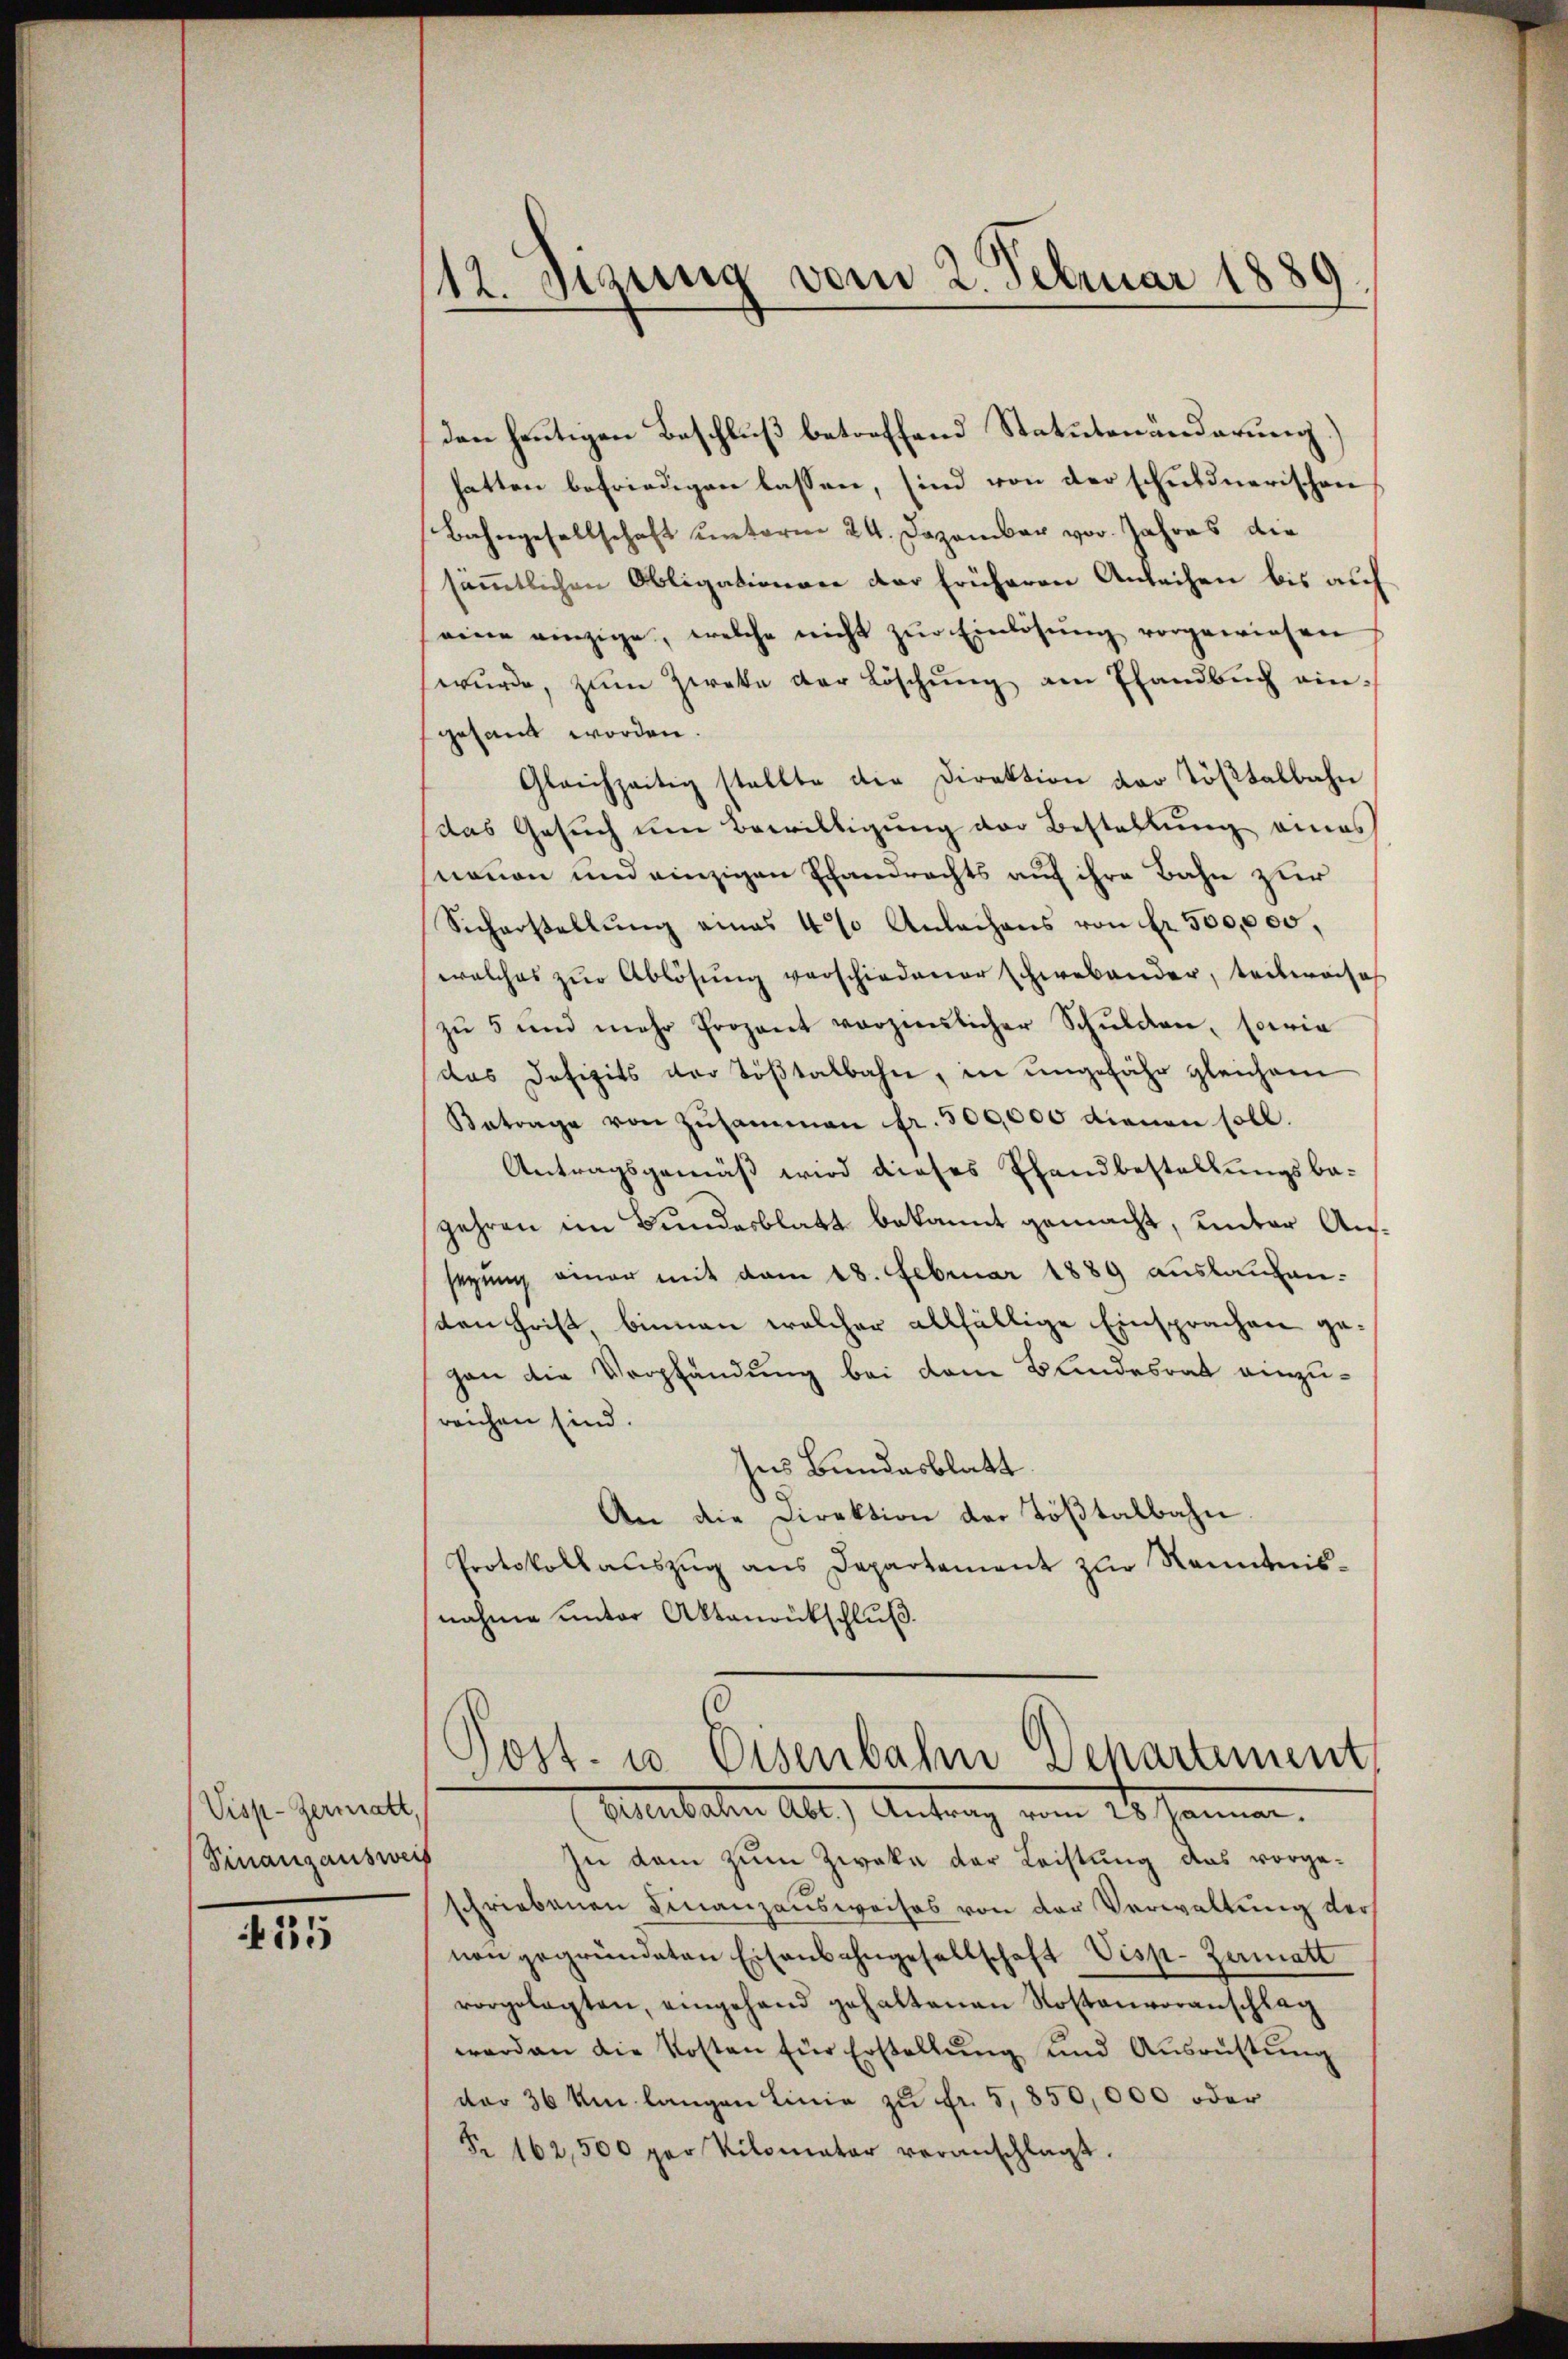
Visp-Germatt,
Finanzauswei

15

/12. Sizung vom 2. Februar 1889.

den heutigen Beschluß betreffend Statutenänderung.)
hatten befriedigen lassen, sind von der schuldnerischen
Bahngesellschaft unterm 24. Dezember vor. Jahres die
sämmtlichen Obligationen der früheren Antechen bis auf
eine einzige, welche nicht zŭr Einlösung vorgewiesen
wŭrde, zŭm Zweke der Löschŭng am Elandbuch ein-
gesandt worden.
Gleichzeitig stellte die Direktion der Tößtalbahn
das Gesuch um Bewilligung der Bestellung eines
nonen und einzigen Ehenrechts auf ihre Bahn zur
Sicherstellŭng eines 4% Anlachens von Fr. 500,000,
welches zŭr Ablösung verschiedener schwabander, teilweises
zŭ 5 und mehr Prozent vorzierlicher Schŭlden, sowie
das Defizits der Töβtalbahn, in ungefähr gleichem
Betrage von Zusammen fr. 500,000 dienen soll.
Antragsgemäß wird dieses Pfandbestellungsba-
gehren im Bundesblatt bekannt gemacht, unter Aussegung einer mit dem 18. Februar 1889 auslaufen:
sten heißt, binnen welcher allfällige Einsprachen gegan die Verpfändung bei dem Bandesrat einzureichen sind.
Ins Bundesblatt
An die Direktion der Tößtalbahn
Protokollauszug aus Departement zur Kenntnisnahme unter Aktenrütschluß.

Post- u. Eisenbahn Departement
Allerbahn All) Antrag vom 25. Jannen.

f
In dem zum Zweke der Leistung das vorge-
schriebenen Finanzausweises von der Verwaltung der
non gegründeten Eisenbahngesellschaft Visp. Zermatt
vorgelegten, eingehand gehaltenen Rostenvoranschlag
worden die Kosten für Erstellŭng und Ausrüstŭng
dar 36 km langen Linie zu Fr. 5, 850,000 oder
Fr. 162,500 per Kilomater veranschlagt.